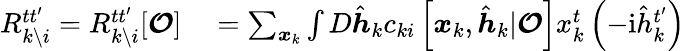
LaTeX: \begin{array}{rl}{R_{k\setminus i}^{tt^{\prime}}=R_{k\setminus i}^{tt^{\prime}}[\boldsymbol{\mathcal{O}}]}&{{}=\sum_{\boldsymbol{x}_{k}}\int D\hat{\boldsymbol{h}}_{k}c_{ki}\left[\boldsymbol{x}_{k},\hat{\boldsymbol{h}}_{k}|\boldsymbol{\mathcal{O}}\right]x_{k}^{t}\left(-\mathrm{i}\hat{h}_{k}^{t^{\prime}}\right)}\end{array}